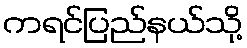
ကရင်ပြည်နယ်သို့